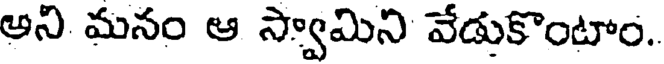
అని మనం ఆ స్వామిని వేడుకొంటాం.